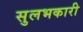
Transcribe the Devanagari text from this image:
सुलभकारी